Report on the nature of kala-azar
Disease focus: Kala-Azar
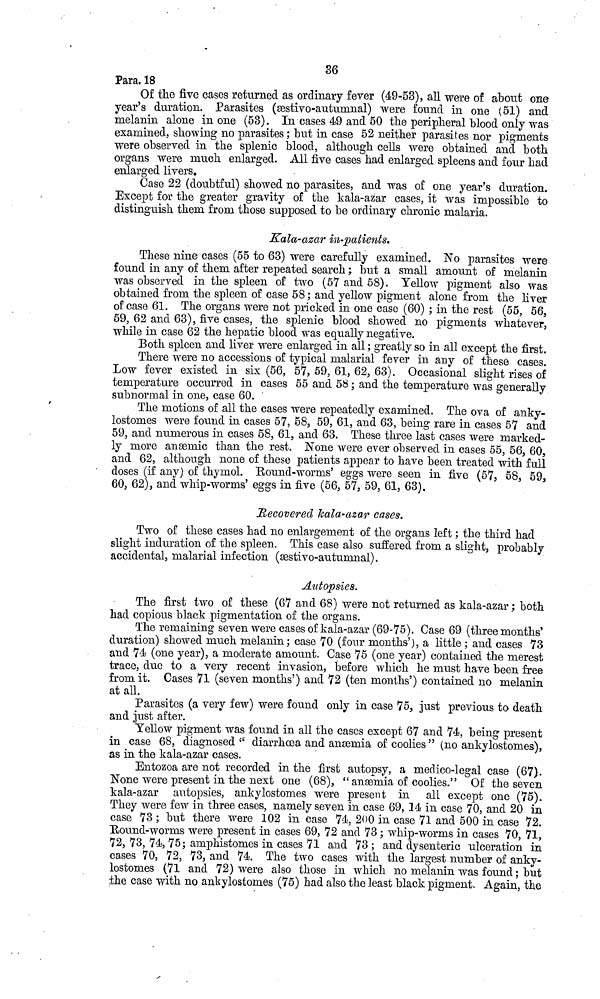
36
Para. 18
Of the five cases returned as ordinary fever (49-53), all were of about one
year's duration. Parasites (æstivo-autumnal) were found in one (51) and
melanin alone in one (53). In cases 49 and 50 the peripheral blood only was
examined, showing no parasites ; but in case 52 neither parasites nor pigments
were observed in the splenic blood, although cells were obtained and both
organs were much enlarged. All five cases had enlarged spleens and four had
enlarged livers.
Case 22 (doubtful) showed no parasites, and was of one year's duration.
Except for the greater gravity of the kala-azar cases, it was impossible to
distinguish them, from those supposed to be ordinary chronic malaria.
Kala-azar in-patients.
These nine cases (55 to 63) were carefully examined. No parasites were
found in any of them after repeated search ; but a small amount of melanin
was observed in the spleen of two (57 and 58). Yellow pigment also was
obtained from the spleen of case 58 ; and yellow pigment alone from the liver
of case 61. The organs were not pricked in one case (60) ; in the rest (55, 56,
59, 62 and 63), five cases, the splenic blood showed no pigments whatever,
while in case 62 the hepatic blood was equally negative.
Both spleen and liver were enlarged in all ; greatly so in all except the first.
There were no accessions of typical malarial fever in any of these cases.
Low fever existed in six (56, 57, 59, 61, 62, 63). Occasional slight rises of
temperature occurred in cases 55 and 58 ; and the temperature was generally
subnormal in one, case 60.
The motions of all the cases were repeatedly examined. The ova of anky-
lostomes were found in cases 57, 58, 59, 61, and 63, being rare in cases 57 and
59, and numerous in cases 58, 61, and 63. These three last cases were marked-
ly more anæmic than the rest. None were ever observed in cases 55, 56, 60,
and 62, although none of these patients appear to have been treated with full
doses (if any) of thymol. Bound-worms' eggs were seen in five (57, 58, 59,
60, 62), and whip-worms' eggs in five (56, 57, 59, 61, 63).
Recovered kala-azar cases.
Two of these cases had no enlargement of the organs left ; the third had
slight induration of the spleen. This case also suffered from a slight, probably
accidental, malarial infection (æstivo-autunmal).
Autopsies.
The first two of these (67 and 68) were not returned as kala-azar ; both
had copious black pigmentation of the organs.
The remaining seven were cases of kala-azar (69-75). Case 69 (three months'
duration) showed much melanin; case 70 (four months'), a little ; and cases 73
and 74 (one year), a moderate amount. Case 75 (one year) contained the merest
trace, due to a very recent invasion, before which he must have been free
from it. Cases 71 (seven months') and 72 (ten months') contained no melanin
at all.
Parasites (a very few) were found only in case 75, just previous to death
and just after.
Yellow pigment was found in all the cases except 67 and 74, being present
in case 68, diagnosed "diarrhoea and anæmia of coolies" (no ankylostomes),
as in the kala-azar cases.
Entozoa are not recorded in the first autopsy, a medico-legal case (67).
None were present in the next one (68), " anæmia of coolies." Of the seven
kala-azar autopsies, ankylostomes were present in all except one (75).
They were few in three cases, namely seven in case 69, 14 in case 70, and 20 in
case 73 ; but there were 102 in case 74, 200 in case 71 and 500 in case 72.
Round-worms were present in cases 69, 72 and 73 ; whip-worms in cases 70, 71,
72, 73, 74, 75; amphistomes in cases 71 and 73 ; and dysenteric ulcération in
cases 70, 72, 73, and 74. The two cases with the largest number of anky-
lostomes (71 and 72) were also those in which no melanin was found ; but
the case with no ankylostomes (75) had also the least black pigment. Again, the